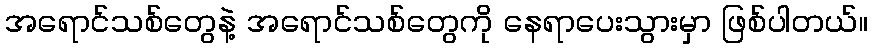
အရောင်သစ်တွေနဲ့ အရောင်သစ်တွေကို နေရာပေးသွားမှာ ဖြစ်ပါတယ်။